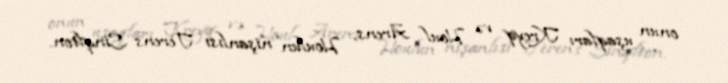
onun uşaqları Kreyq və Houl Arens; Houlun nişanlısı Terens Sinqlton.